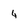
Character: 4